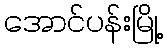
အောင်ပန်းမြို့